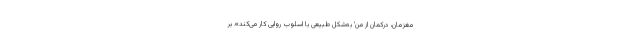
مغزمان، درکمان از من’ به‌شکل طبیعی با اسلوب روایی کار می‌کند»؛ بر